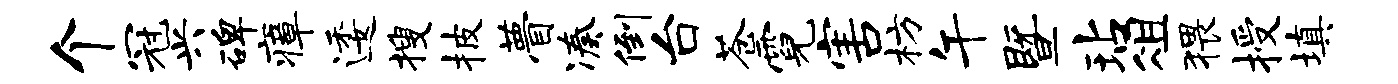
个冠兴碑瘴逶搜披瞢凑倒台苍霓害枋午暨玷俎猥授填